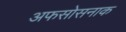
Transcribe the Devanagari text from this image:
अफसोसनाक